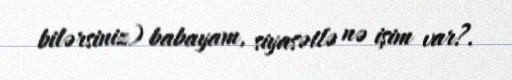
bilərsiniz) babayam, siyasətlə nə işim var?.